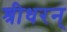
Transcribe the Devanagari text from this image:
श्रीधरन्